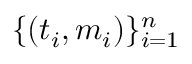
\{ ( t _ { i } , m _ { i } ) \} _ { i = 1 } ^ { n }